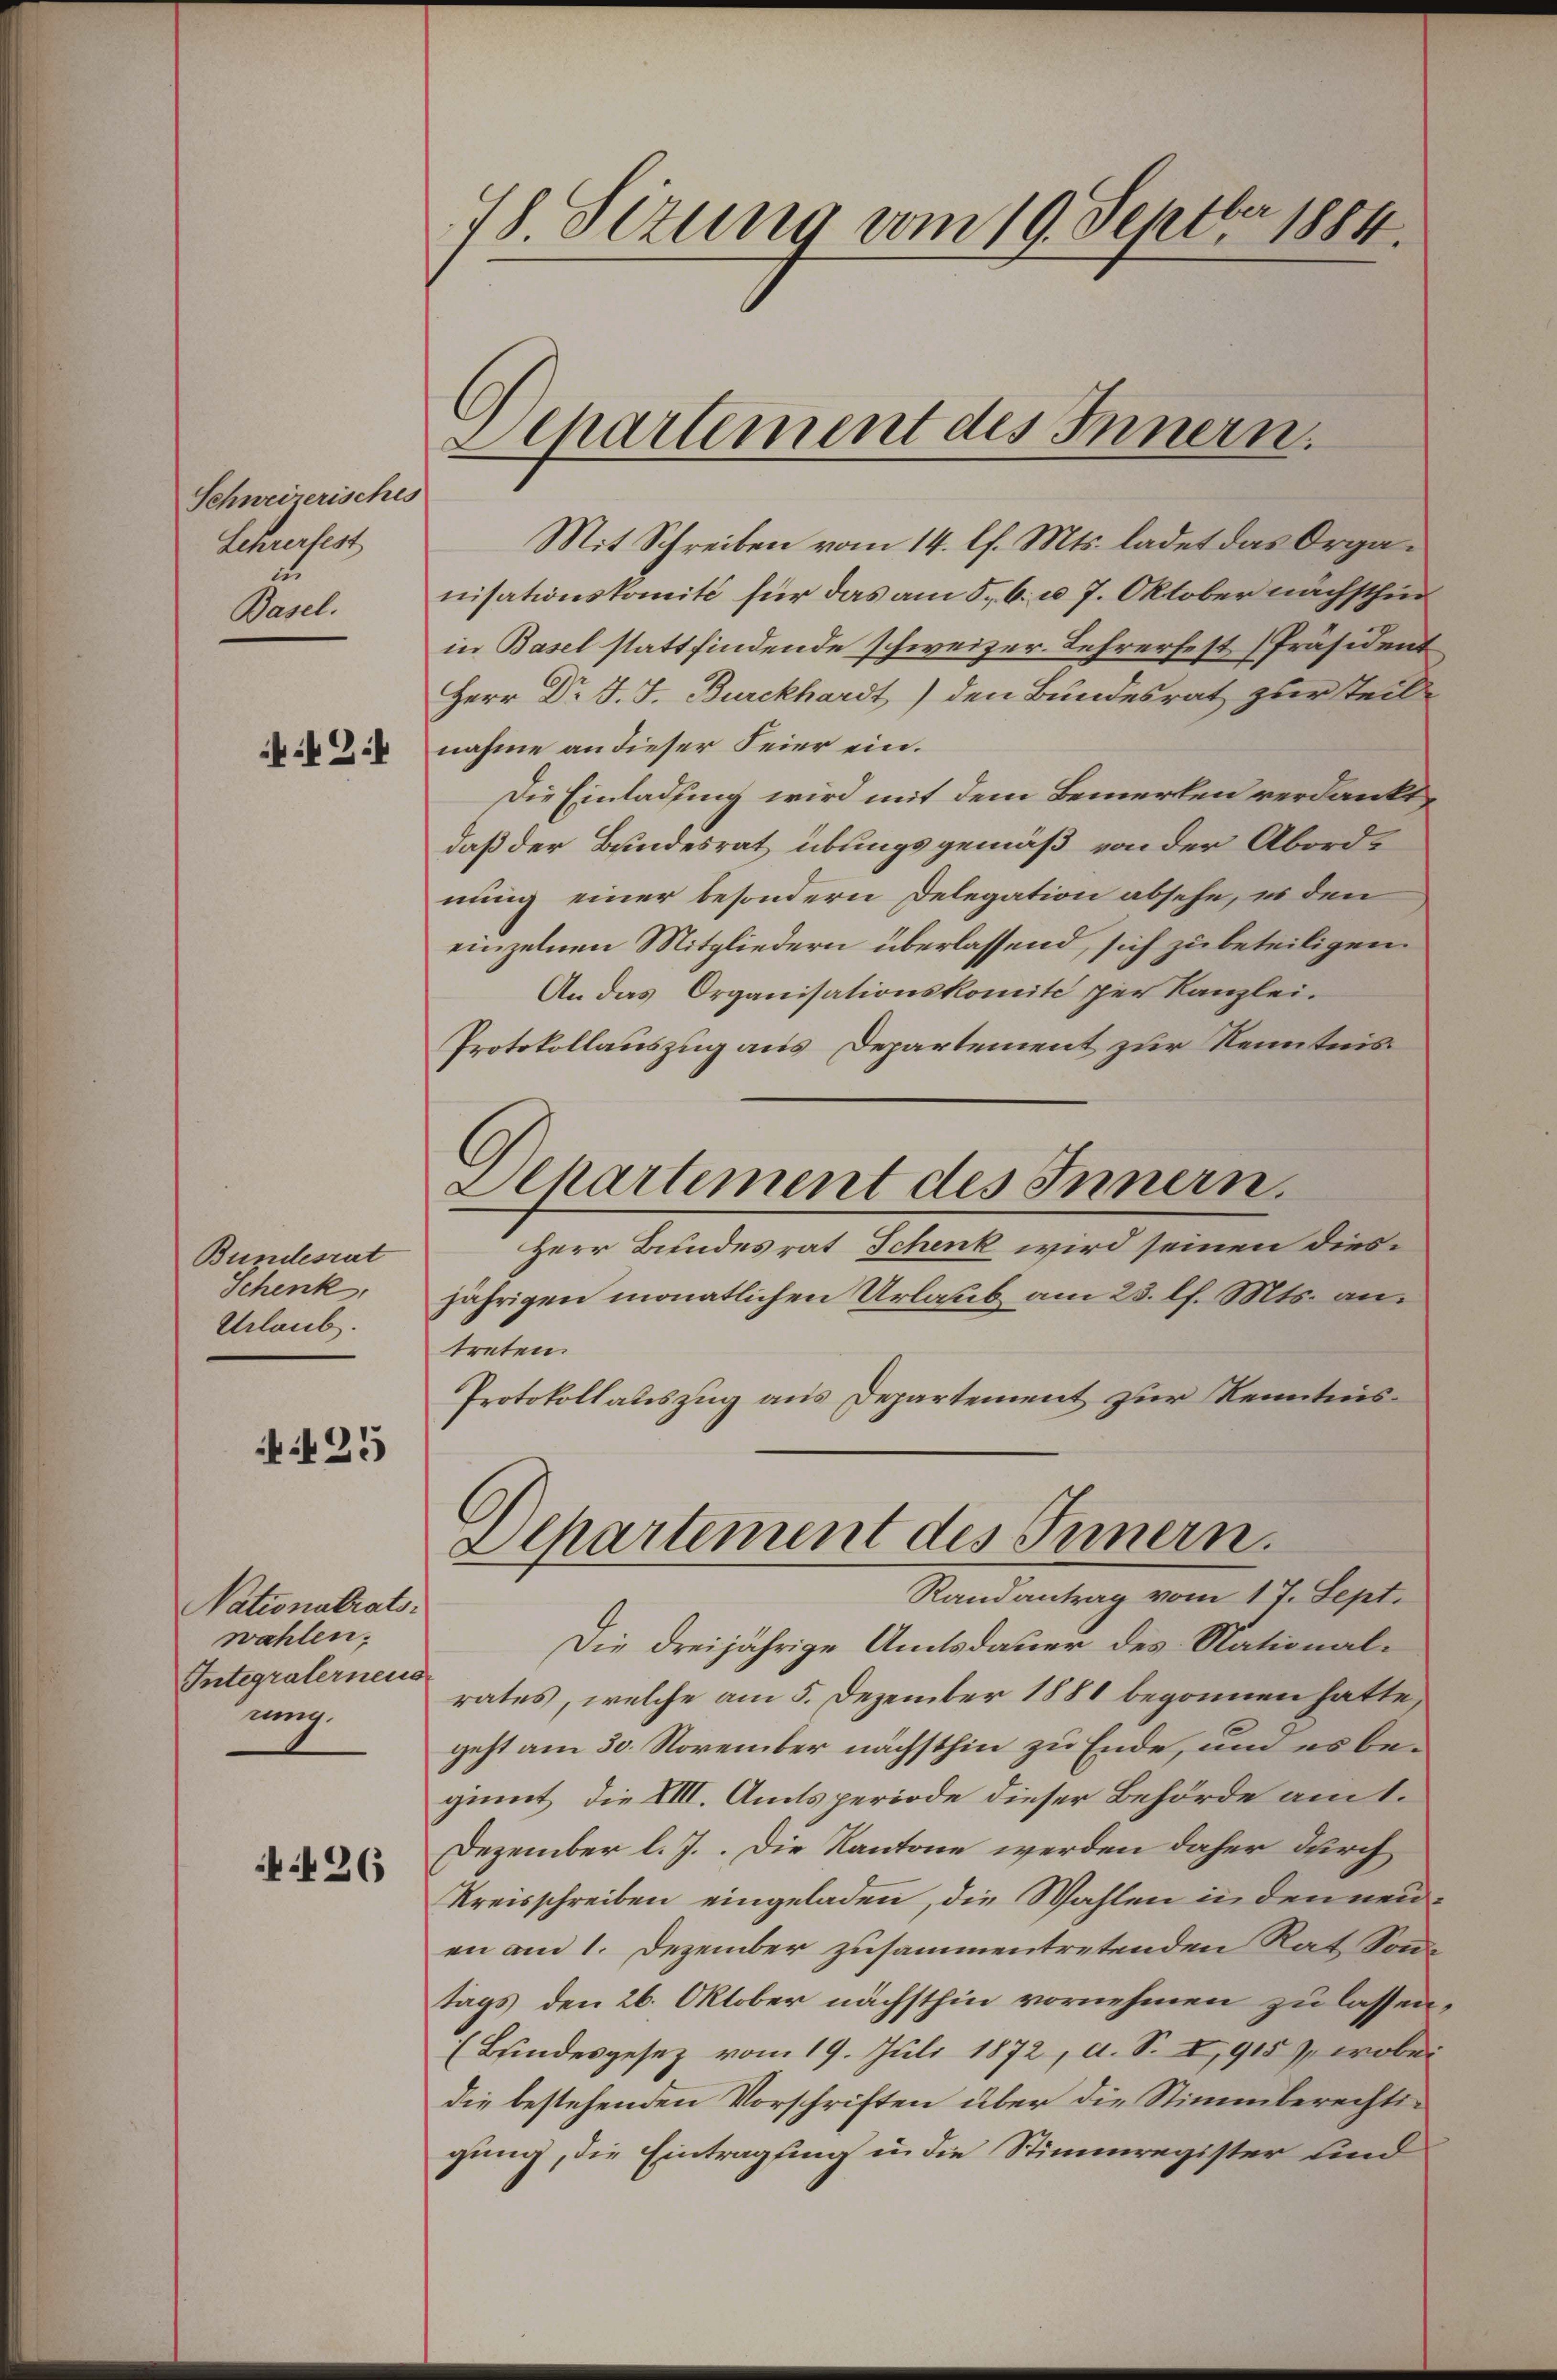
Schweizerisches
Lehrerbest
iu
Basel.

42:

Bundesrat
Schenk,
Urlaub.

25

Nationalrats.
wahlen.
Integralerneus
ung.

426

78. Sezung vom 19. Septbr 1884.

Departement des Innern.

Mit Schreiben vom 14. lf. Mts. ladet das Organisationskomité für das am 5. 6. u. 7. Oktober nächsthin
in Basel stattfindende schweizer. Lehrerfest [Präsident
Herr Dr J. J. Burckhardt,) den Bundesrat zur Teil
nahme an dieser Feier ein.
Die Einladung wird mit dem Bemerken verdankt,
daß der Bundesrat übungsgemäß von der Abordnung einer besondern Delegation absehe, er den
einzelnen Mitgliedern überlassend, sich zu beteiligen.
An das Organisationskomité per Kanzlei-
Protokollauszug aus Departement zur Kenntnis
Departement des Innern.
Herr Bundesrat Schenk wird seinen diesjährigen monatlichen Urlaub am 23. lf. Mts. an.
treten.
Protokollauszug aus Departement zur Kenntnis¬
.
Alpartement des Innern.
Randantrag vom 17. Sept.
Die dreijährige Amtsdauer des Nationalrates, welche am 5. Dezember 1881 begonnen hatte,
geht am 30. November nächsthin zu Ende, und es beginnt, die VIII. Amtsperiode dieser Behörde am 1.
Dezember l. J.. Die Kantone werden daher durch
Kreisschreiben eingeladen, die Wahlen in den neuen am 1. Dezember zusammentretenden Rat Sonntags den 26. Oktober nächsthin vornehmen zu lassen,
(Bundesgesez vom 19. Juli 1872, d. S. I, 915), wobei
die bestehenden Vorschriften über die Stimmberechtigung, die Eintragung in die Stimmregister und